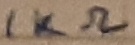
Text: 1KΩ